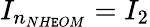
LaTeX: {{I}_{{{n}_{NH\mathtt{E}OM}}}}=I_{2}